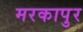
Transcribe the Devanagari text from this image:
मरकापुर